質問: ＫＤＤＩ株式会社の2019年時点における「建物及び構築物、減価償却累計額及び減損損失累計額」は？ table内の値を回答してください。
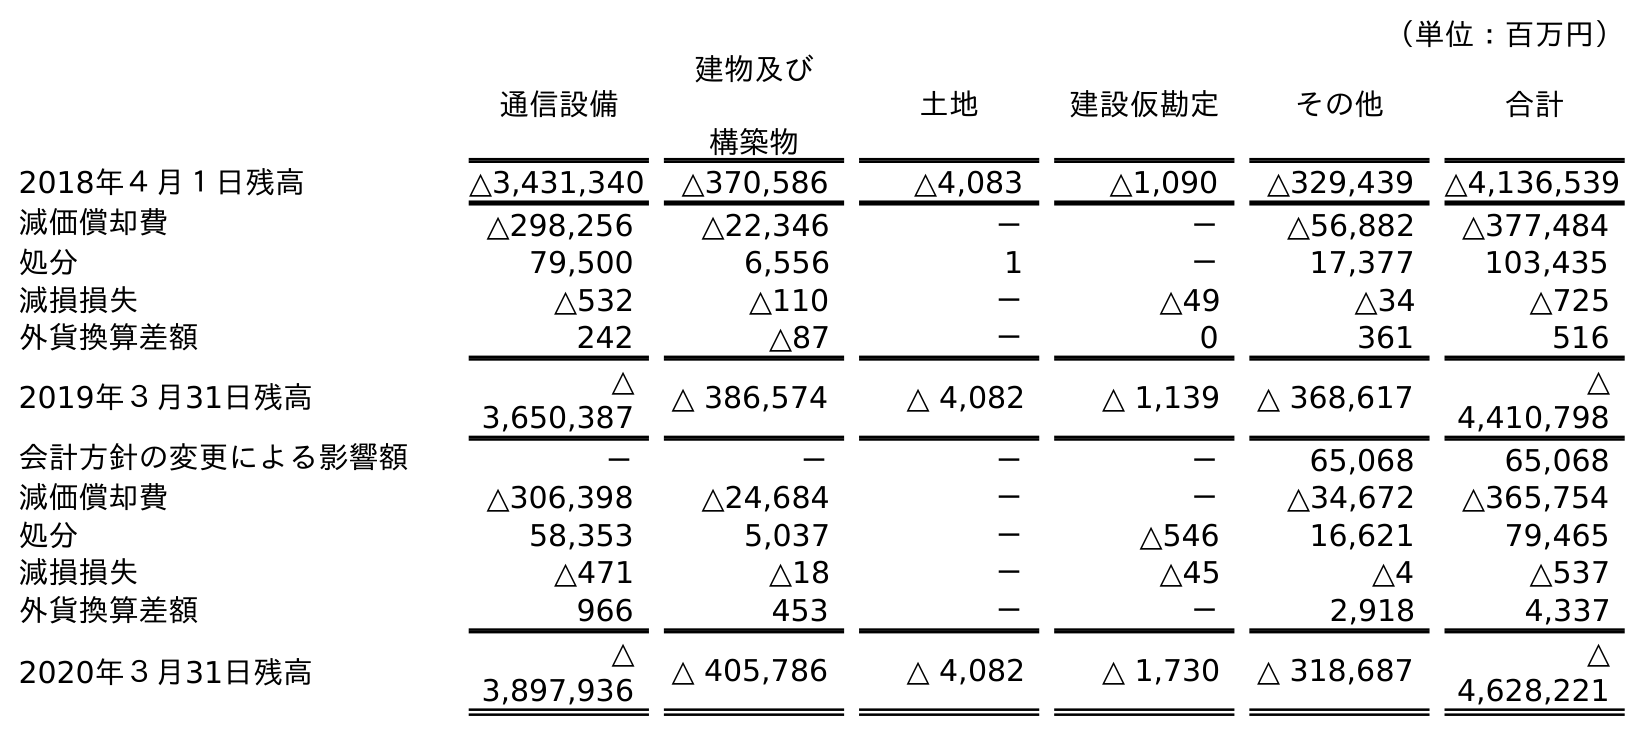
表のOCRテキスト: （単位：百万円） 通信設備 建物及び 構築物 土地 建設仮勘定 その他 合計 2018年４月１日残高 △3,431,340 △370,586 △4,083 △1,090 △329,439 △4,136,539 減価償却費 △298,256 △22,346 － － △56,882 △377,484 処分 79,500 6,556 1 － 17,377 103,435 減損損失 △532 △110 － △49 △34 △725 外貨換算差額 242 △87 － 0 361 516 2019年３月31日残高 △ 3,650,387 △ 386,574 △ 4,082 △ 1,139 △ 368,617 △ 4,410,798 会計方針の変更による影響額 － － － － 65,068 65,068 減価償却費 △306,398 △24,684 － － △34,672 △365,754 処分 58,353 5,037 － △546 16,621 79,465 減損損失 △471 △18 － △45 △4 △537 外貨換算差額 966 453 － － 2,918 4,337 2020年３月31日残高 △ 3,897,936 △ 405,786 △ 4,082 △ 1,730 △ 318,687 △ 4,628,221
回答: △386,574